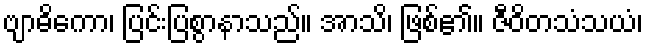
ဗျာဓိကော၊ ပြင်းပြစွာနာသည်။ အာသိ၊ ဖြစ်၏။ ဇီဝိတသံသယံ၊